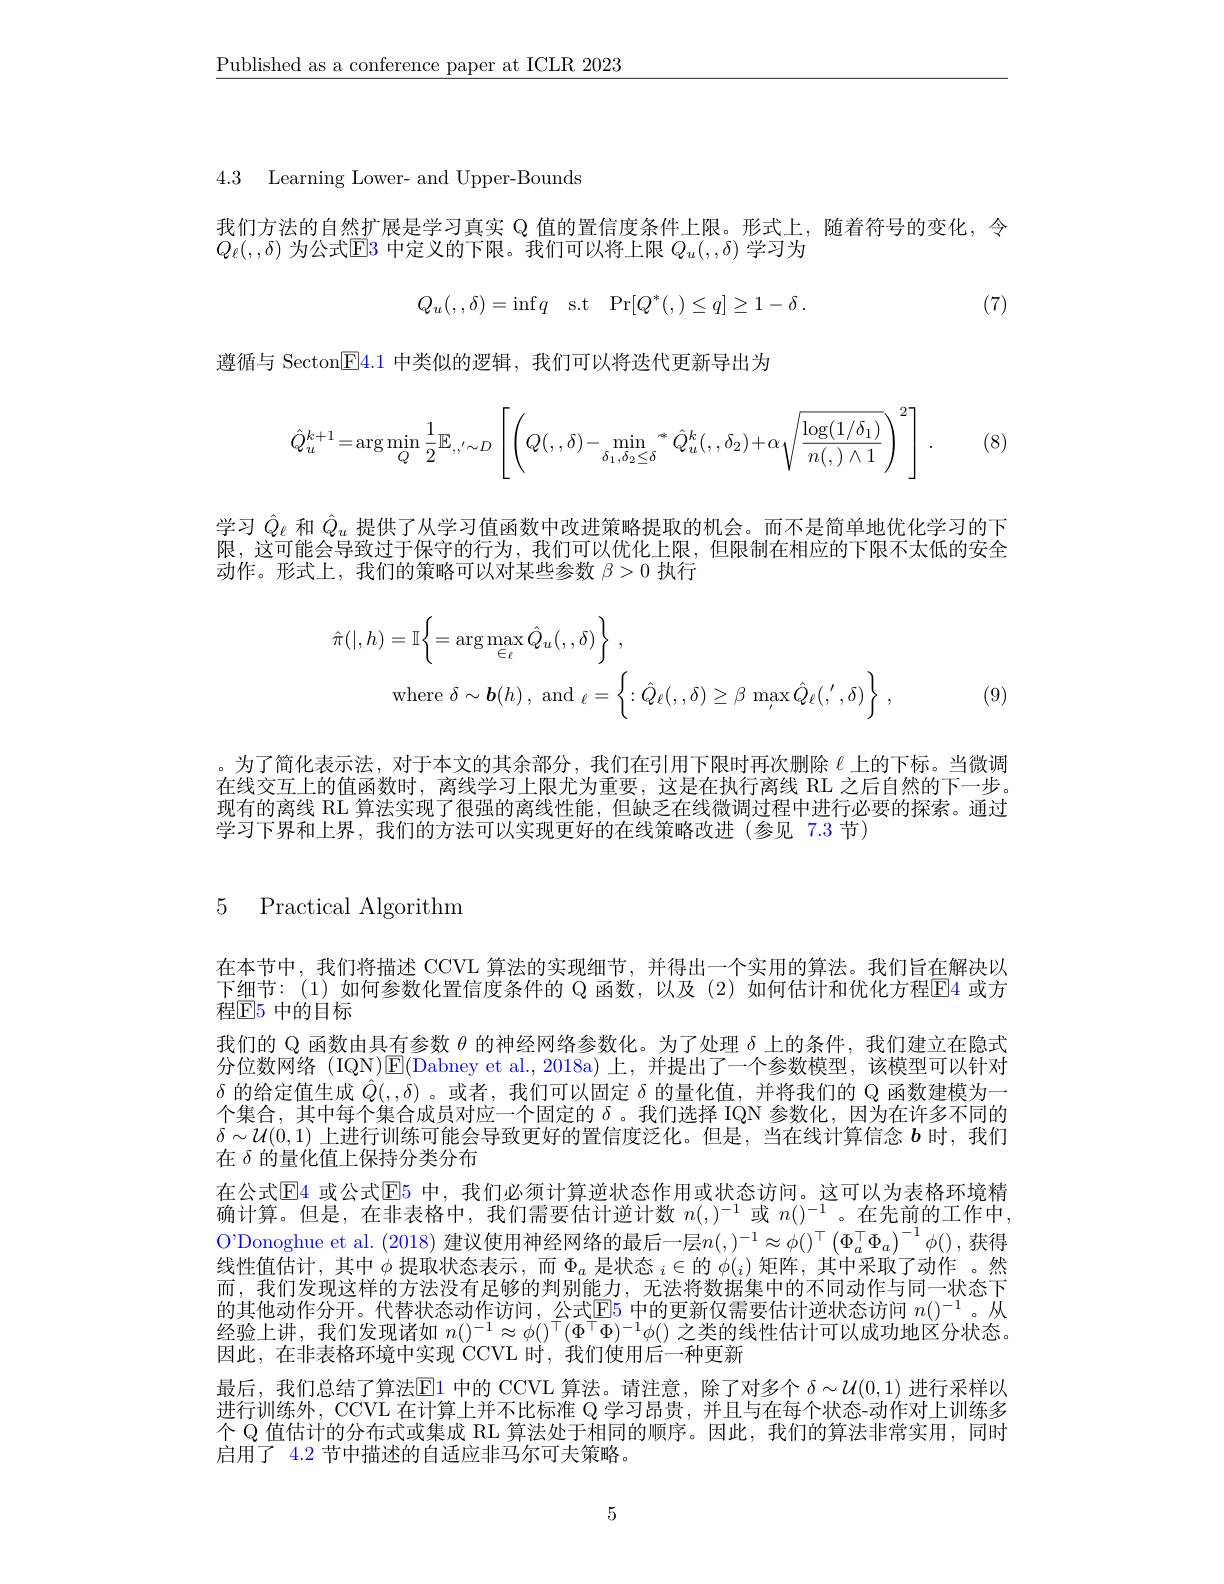
$\underline{\text{Published as a conference paper at ICLR 2023}}$

4.3 Learning Lower- and Upper-Bounds

我们方法的自然扩展是学习真实 Q 值的置信度条件上限。形式上，随着符号的变化，令
$Q_\ell(,,\delta)$为公式$\mathbb{E}$3 中定义的下限。我们可以将上限$Q_u(,,\delta)$学习为
$$Q_{u}(,,\delta)=\inf q\quad\mathrm{s.t}\quad\mathrm{Pr}[Q^{*}(,)\leq q]\geq1-\delta\:.$$
(7)

遵循与 Secton$\boxed{\mathrm{F}}4.1$中类似的逻辑，我们可以将迭代更新导出为
$$\hat{Q}_{u}^{k+1}=\arg\min_{Q}\frac{1}{2}\mathbb{E}_{,,'\sim D}\left[\left(Q(,,\delta)-\min_{\delta_{1},\delta_{2}\leq\delta}{}^{*}\hat{Q}_{u}^{k}(,,\delta_{2})+\alpha\sqrt{\frac{\log(1/\delta_{1})}{n(,)\wedge1}}\right)^{2}\right].$$
(8)

学习$\hat{Q}_\ell$和$\hat{Q}_u$提供了从学习值函数中改进策略提取的机会。而不是简单地优化学习的下限，这可能会导致过于保守的行为，我们可以优化上限，但限制在相应的下限不太低的安全动作。形式上，我们的策略可以对某些参数$\beta>0$执行
$$\begin{aligned}\hat{\pi}(|,h)&=\mathbb{I}\bigg\{=\arg\max_{\in\ell}\hat{Q}_{u}(,,\delta)\bigg\}\:,\\&\mathrm{where}\:\delta\sim\boldsymbol{b}(h)\:,\:\mathrm{and}\:\ell=\left\{:\hat{Q}_{\ell}(,,\delta)\geq\beta\:\max_{\prime}\hat{Q}_{\ell}(,^{\prime},\delta)\right\}\:,\end{aligned}$$
(9)

。为了简化表示法，对于本文的其余部分，我们在引用下限时再次删除$\ell$ 上的下标。当微调在线交互上的值函数时，离线学习上限尤为重要，这是在执行离线 RL 之后自然的下一步。现有的离线 RL 算法实现了很强的离线性能，但缺乏在线微调过程中进行必要的探索。通过学习下界和上界，我们的方法可以实现更好的在线策略改进(参见 7.3 节)

# 5 Practical Algorithm

在本节中，我们将描述 CCVL 算法的实现细节，并得出一个实用的算法。我们旨在解决以下细节：(1)如何参数化置信度条件的 Q 函数，以及(2)如何估计和优化方程E4 或方程$\mathbb{E}$5 中的目标
我们的 Q 函数由具有参数$\theta$的神经网络参数化。为了处理$\delta$上的条件，我们建立在隐式分位数网络(IQN)$\operatorname{E}($Dabney et al.,2018a)上，并提出了一个参数模型，该模型可以针对$\delta$的给定值生成$\hat{Q}(,,\delta)$。或者，我们可以固定$\delta$的量化值，并将我们的 Q 函数建模为一个集合，其中每个集合成员对应一个固定的$\delta$ 。我们选择 IQN 参数化，因为在许多不同的$\delta\sim\mathcal{U}(0,1)$上进行训练可能会导致更好的置信度泛化。但是，当在线计算信念$b$时，我们在$\delta$的量化值上保持分类分布
在公式$\color{red}{\mathrm{E}}\color{red}{\mathrm{E}}\color{red}{\mathrm{E}}{\mathrm{E}}$5 中，我们必须计算逆状态作用或状态访问。这可以为表格环境精确计算。但是，在非表格中，我们需要估计逆计数$n(,)^{-1}$或$n()^{-1}$ 。在先前的工作中O’Donoghue et al. (2018) 建议使用神经网络的最后一层$n(,)^-1\approx\phi()^\top\left(\Phi_a^\top\Phi_a\right)^{-1}\phi()$,获得线性值估计，其中$\phi$提 取 状 态 表 示 , 而 $\Phi _a$是状态$_i\in$的$\phi(_i)$矩阵，其中采取了动作。然而，我们发现这样的方法没有足够的判别能力，无法将数据集中的不同动作与同一状态下的其他动作分开。代替状态动作访问，公式$\underline{\mathrm{E}}$5 中的更新仅需要估计逆状态访问 $n()^{-1}$。从经验上讲，我们发现诸如$n()^{-1}\approx\phi()^\top(\Phi^\top\Phi)^{-1}\phi()$之类的线性估计可以成功地区分状态。因此，在非表格环境中实现 CCVL 时，我们使用后一种更新
最后，我们总结了算法El 中的 CCVL 算法。请注意，除了对多个$\delta\sim\mathcal{U}(0,1)$进行采样以进行训练外，CCVL 在计算上并不比标准 Q 学习昂贵，并且与在每个状态-动作对上训练多个 Q 值估计的分布式或集成 RL 算法处于相同的顺序。因此，我们的算法非常实用，同时启用了 4.2 节中描述的自适应非马尔可夫策略。

5